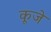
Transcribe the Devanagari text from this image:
कूजे